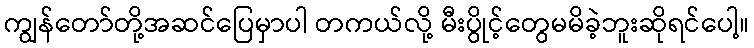
ကျွန်တော်တို့အဆင်ပြေမှာပါ တကယ်လို့ မီးပွိုင့်တွေမမိခဲ့ဘူးဆိုရင်ပေါ့။